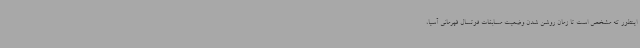
اینطور که مشخص است تا زمان روشن شدن وضعیت مسابقات فوتسال قهرمانی آسیا،